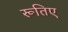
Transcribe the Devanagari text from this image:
रूतिए